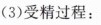
(3)受精过程：